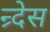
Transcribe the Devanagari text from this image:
न्र्देस